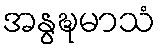
အနွဍ္ဎမာသံ